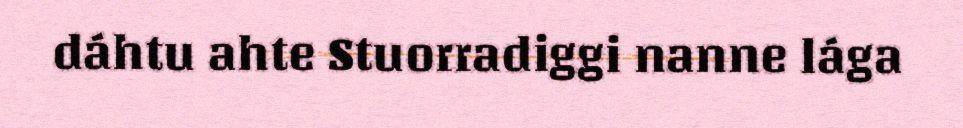
dáhtu ahte Stuorradiggi nanne lága